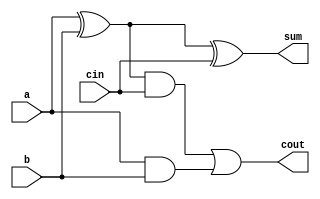
// 1-bit Full Adder
module full_adder(a,b,cin,sum,cout);
    input a,b,cin;
    output sum,cout;
    wire w1,w2,w3;
    
    // S = (A xor B) xor Cin
    xor x1(w1, a, b);
    xor x2(sum, w1, cin);

    // Cout = (A and B) or (Cin and (A xor B))
    and a1(w2, w1, cin);
    and a2(w3, a, b);
    or o1(cout, w2, w3);

endmodule

// 53-bit Mantissa Adder-Subtractor
module add_sub52(a,b,k,sum,cout);
    input[52:0] a,b;
    input k;
    output[53:0] sum;
    output cout;

    wire[52:0] carry;

    full_adder fa0(a[0],(b[0]^k),k,sum[0],carry[0]);

    genvar i;
    generate
        for (i = 1;i < 53;i = i+1) begin
            full_adder fa(a[i],(b[i]^k),carry[i-1],sum[i],carry[i]);
        end
    endgenerate

    //If subtraction carry(1) => +ve (so don't concatenate to mantissa)
    assign cout = k ? 1'b0 : carry[52];
    assign sum[53] = cout;
 
endmodule

// 11-bit Exponent Subtractor (Absolute value)
module sub11_abs(a,b,diff,bout);
    input[10:0] a,b;
    output[10:0] diff;
    output bout;
    wire[11:0] borrow;

    wire[10:0] ain,bin;

    //Ckeck and pass such that ain > bin
    assign ain = (b>a) ? b : a ;
    assign bin = (b>a) ? ~a + 1 : ~b + 1 ;
    assign bout = (b>a) ? 1'b1 : 1'b0 ;
    assign borrow[0] = 1'b0;

    genvar i;
    generate
        for (i = 0;i < 11;i = i+1) begin
            full_adder fa(ain[i],bin[i],borrow[i],diff[i],borrow[i+1]);
        end
    endgenerate
 
endmodule

// 52-bit Mantissa Swapper (Ouput is 53 bits)
module swapper(a,b,sel,Ma,Mb);
    input[51:0] a,b;
    input sel;
    output[52:0] Ma,Mb;

    //Concatenate implicit bit
    assign Ma = sel ? {1'b1,b} : {1'b1,a} ;
    assign Mb = sel ? {1'b1,a} : {1'b1,b} ;

endmodule

// N-bit(11 bits) Mantissa Shifter
module shifter(inp,n,out);
    input[52:0] inp;
    input[10:0] n;
    output[52:0] out;

    assign out = inp >> n;

endmodule

// Exponent Selector
module exp_sel(ea,eb,sel,exp);
    input[10:0] ea,eb;
    input sel;
    output[10:0] exp;

    //Select greater exponent value
    assign exp = sel ? eb : ea ;

endmodule

//Leading zeroes detector
module n_zeroes(M,n);
    input[53:0] M;
    output[10:0] n;

    wire[63:0] temp;
    wire[31:0] temp32;
    wire[15:0] temp16;
    wire[7:0] temp8;
    wire[3:0] temp4;
    wire[5:0] res;

    assign temp = {10'b0,M};

    //Divide and Conquer type method to find number of leading zeroes
    assign res[5] = (temp[63:32] == 32'b0) ;
    assign temp32 = res[5] ? temp[31:0] : temp[63:32];

    assign res[4] = (temp32[31:16] == 16'b0) ;
    assign temp16 = res[4] ? temp32[15:0] : temp32[31:16];

    assign res[3] = (temp16[15:8] == 8'b0) ;
    assign temp8 = res[3] ? temp16[7:0] : temp16[15:8];

    assign res[2] = (temp8[7:4] == 4'b0) ;
    assign temp4 = res[2] ? temp8[3:0] : temp8[7:4];

    assign res[1] = (temp4[3:2] == 2'b0) ;
    assign res[0] = res[1] ? ~temp4[1] : ~temp4[3];

    assign n = res - 10; //Adjust added 0s

endmodule

//Normalization
module normalize(M,sft,Esum,Mres,Eres);
    input[53:0] M;
    input[10:0] sft,Esum;
    output[51:0] Mres;
    output[10:0] Eres;

    wire[53:0] temp;
    
    assign temp = M << (sft-1);

    //n = 0 => 2 digits on left of decimal
    assign Mres = sft ? temp[51:0] : M[52:1];
    assign Eres = sft ? Esum - sft + 1 : Esum + 1;

endmodule

//Control Module
module control(sa,sb,sel,sres,k);
    input sa,sb,sel;
    output sres,k;

    //Select sign of number with bigger exponent
    assign sres = sel ? sb : sa ;
    assign k = sa ^ sb ;

endmodule

//Exceptions
module validity(sa,sb,ea,eb,ma,mb,flags);
    input sa,sb;
    input[10:0] ea,eb;
    input[51:0] ma,mb;
    output[7:0] flags;

    wire NaNA,InfA,ZeroA,DeNormA;
    wire NaNB,InfB,ZeroB,DeNormB;

    //Not a Number
    assign NaNA = (ea == 2047 && ma != 0);
    assign NaNB = (eb == 2047 && mb != 0);

    //Infinity
    assign InfA = (ea == 2047 && ma == 0);
    assign InfB = (eb == 2047 && mb == 0);

    //Zero
    assign ZeroA = (ea == 0 && ma == 0);
    assign ZeroB = (eb == 0 && mb == 0);

    //Denormal Number
    assign DeNormA = (ea == 0 && ma != 0);
    assign DeNormB = (eb == 0 && mb != 0);

    assign flags = {NaNA,InfA,ZeroA,DeNormA,NaNB,InfB,ZeroB,DeNormB};


endmodule

/* Testbench for Modules

module tb_modules;
    reg[53:0] a,b;
    reg[10:0] sft,esum;
    reg k;
    wire[10:0] res,res1;
    wire[51:0] mres;
    wire out;

    normalize dut(a,sft,esum,mres,res);

    initial begin
        // #0  a=35;b=44;k=0;
        #0 a=54'b000100001010000000000000000000000000000000000000000000;
        sft=3;esum=11'b10000000010;
        #5 $display("msre = %52b ;\nres = %0b ;",mres,res);
		// #5  k=1;
        // #5 $display("a = %0d ; b = %0d ; k = %b ; sum = %0d ; cout = %b;",a,b,k,res,cout);
        #5 $finish; 
    end

endmodule

*/